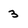
Character: 3